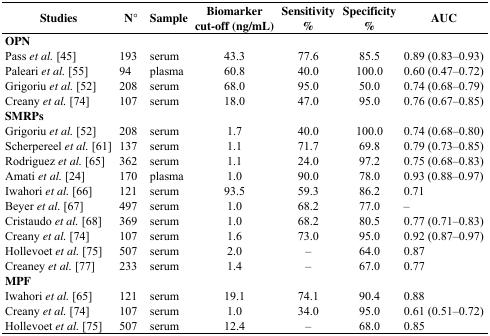
<table><thead><tr><td><b>Studies</b></td><td><b>N°</b></td><td><b>Sample</b></td><td><b>Biomarker cut-off (ng/mL)</b></td><td><b>Sensitivity %</b></td><td><b>Specificity %</b></td><td><b>AUC</b></td></tr></thead><tbody><tr><td><b>OPN</b></td><td></td><td></td><td></td><td></td><td></td><td></td></tr><tr><td>Pass <i>et al.</i> [45]</td><td>193</td><td>serum</td><td>43.3</td><td>77.6</td><td>85.5</td><td>0.89 (0.83–0.93)</td></tr><tr><td>Paleari <i>et al.</i> [55]</td><td>94</td><td>plasma</td><td>60.8</td><td>40.0</td><td>100.0</td><td>0.60 (0.47–0.72)</td></tr><tr><td>Grigoriu <i>et al.</i> [52]</td><td>208</td><td>serum</td><td>68.0</td><td>95.0</td><td>50.0</td><td>0.74 (0.68–0.79)</td></tr><tr><td>Creany <i>et al.</i> [74]</td><td>107</td><td>serum</td><td>18.0</td><td>47.0</td><td>95.0</td><td>0.76 (0.67–0.85)</td></tr><tr><td><b>SMRPs</b></td><td></td><td></td><td></td><td></td><td></td><td></td></tr><tr><td>Grigoriu <i>et al.</i> [52]</td><td>208</td><td>serum</td><td>1.7</td><td>40.0</td><td>100.0</td><td>0.74 (0.68–0.80)</td></tr><tr><td>Scherpereel <i>et al.</i> [61]</td><td>137</td><td>serum</td><td>1.1</td><td>71.7</td><td>69.8</td><td>0.79 (0.73–0.85)</td></tr><tr><td>Rodriguez <i>et al.</i> [65]</td><td>362</td><td>serum</td><td>1.1</td><td>24.0</td><td>97.2</td><td>0.75 (0.68–0.83)</td></tr><tr><td>Amati <i>et al.</i> [24]</td><td>170</td><td>plasma</td><td>1.0</td><td>90.0</td><td>78.0</td><td>0.93 (0.88–0.97)</td></tr><tr><td>Iwahori <i>et al.</i> [66]</td><td>121</td><td>serum</td><td>93.5</td><td>59.3</td><td>86.2</td><td>0.71</td></tr><tr><td>Beyer <i>et al.</i> [67]</td><td>497</td><td>serum</td><td>1.0</td><td>68.2</td><td>77.0</td><td>–</td></tr><tr><td>Cristaudo <i>et al.</i> [68]</td><td>369</td><td>serum</td><td>1.0</td><td>68.2</td><td>80.5</td><td>0.77 (0.71–0.83)</td></tr><tr><td>Creany <i>et al.</i> [74]</td><td>107</td><td>serum</td><td>1.6</td><td>73.0</td><td>95.0</td><td>0.92 (0.87–0.97)</td></tr><tr><td>Hollevoet <i>et al.</i> [75]</td><td>507</td><td>serum</td><td>2.0</td><td>–</td><td>64.0</td><td>0.87</td></tr><tr><td>Creaney <i>et al.</i> [77]</td><td>233</td><td>serum</td><td>1.4</td><td>–</td><td>67.0</td><td>0.77</td></tr><tr><td><b>MPF</b></td><td></td><td></td><td></td><td></td><td></td><td></td></tr><tr><td>Iwahori <i>et al.</i> [65]</td><td>121</td><td>serum</td><td>19.1</td><td>74.1</td><td>90.4</td><td>0.88 </td></tr><tr><td>Creany <i>et al.</i> [74]</td><td>107</td><td>serum</td><td>1.0</td><td>34.0</td><td>95.0</td><td>0.61 (0.51–0.72)</td></tr><tr><td>Hollevoet <i>et al.</i> [75]</td><td>507</td><td>serum</td><td>12.4</td><td>–</td><td>68.0</td><td>0.85</td></tr></tbody></table>